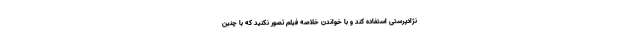
نژادپرستی استفاده کند و با خواندن خلاصه فیلم تصور نکنید که با چنین